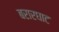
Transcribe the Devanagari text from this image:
बरारघाट